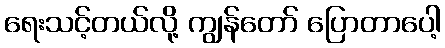
ရေးသင့်တယ်လို့ ကျွန်တော် ပြောတာပေါ့